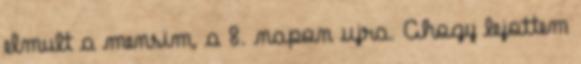
elmult a mensim, a 8. napon ujra. Ahogy lejottem